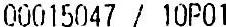
00015047 / 10P01